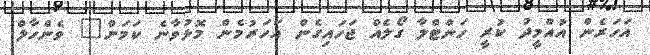
އަހަރެން އުއްމީދު ކުރީ ހަންޓްލާ ގޯލެއް ޖަހައިގެން އަހަރުމެން މޮޅުވާނެ ކަމަށް" ވެންހާލް